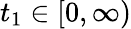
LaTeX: t_{1}\in[0,\infty)